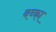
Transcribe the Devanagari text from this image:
बब्का